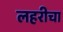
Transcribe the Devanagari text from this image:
लहरीचा